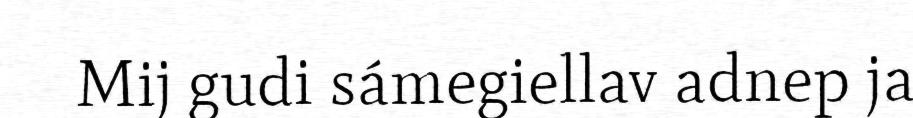
Mij gudi sámegiellav adnep ja